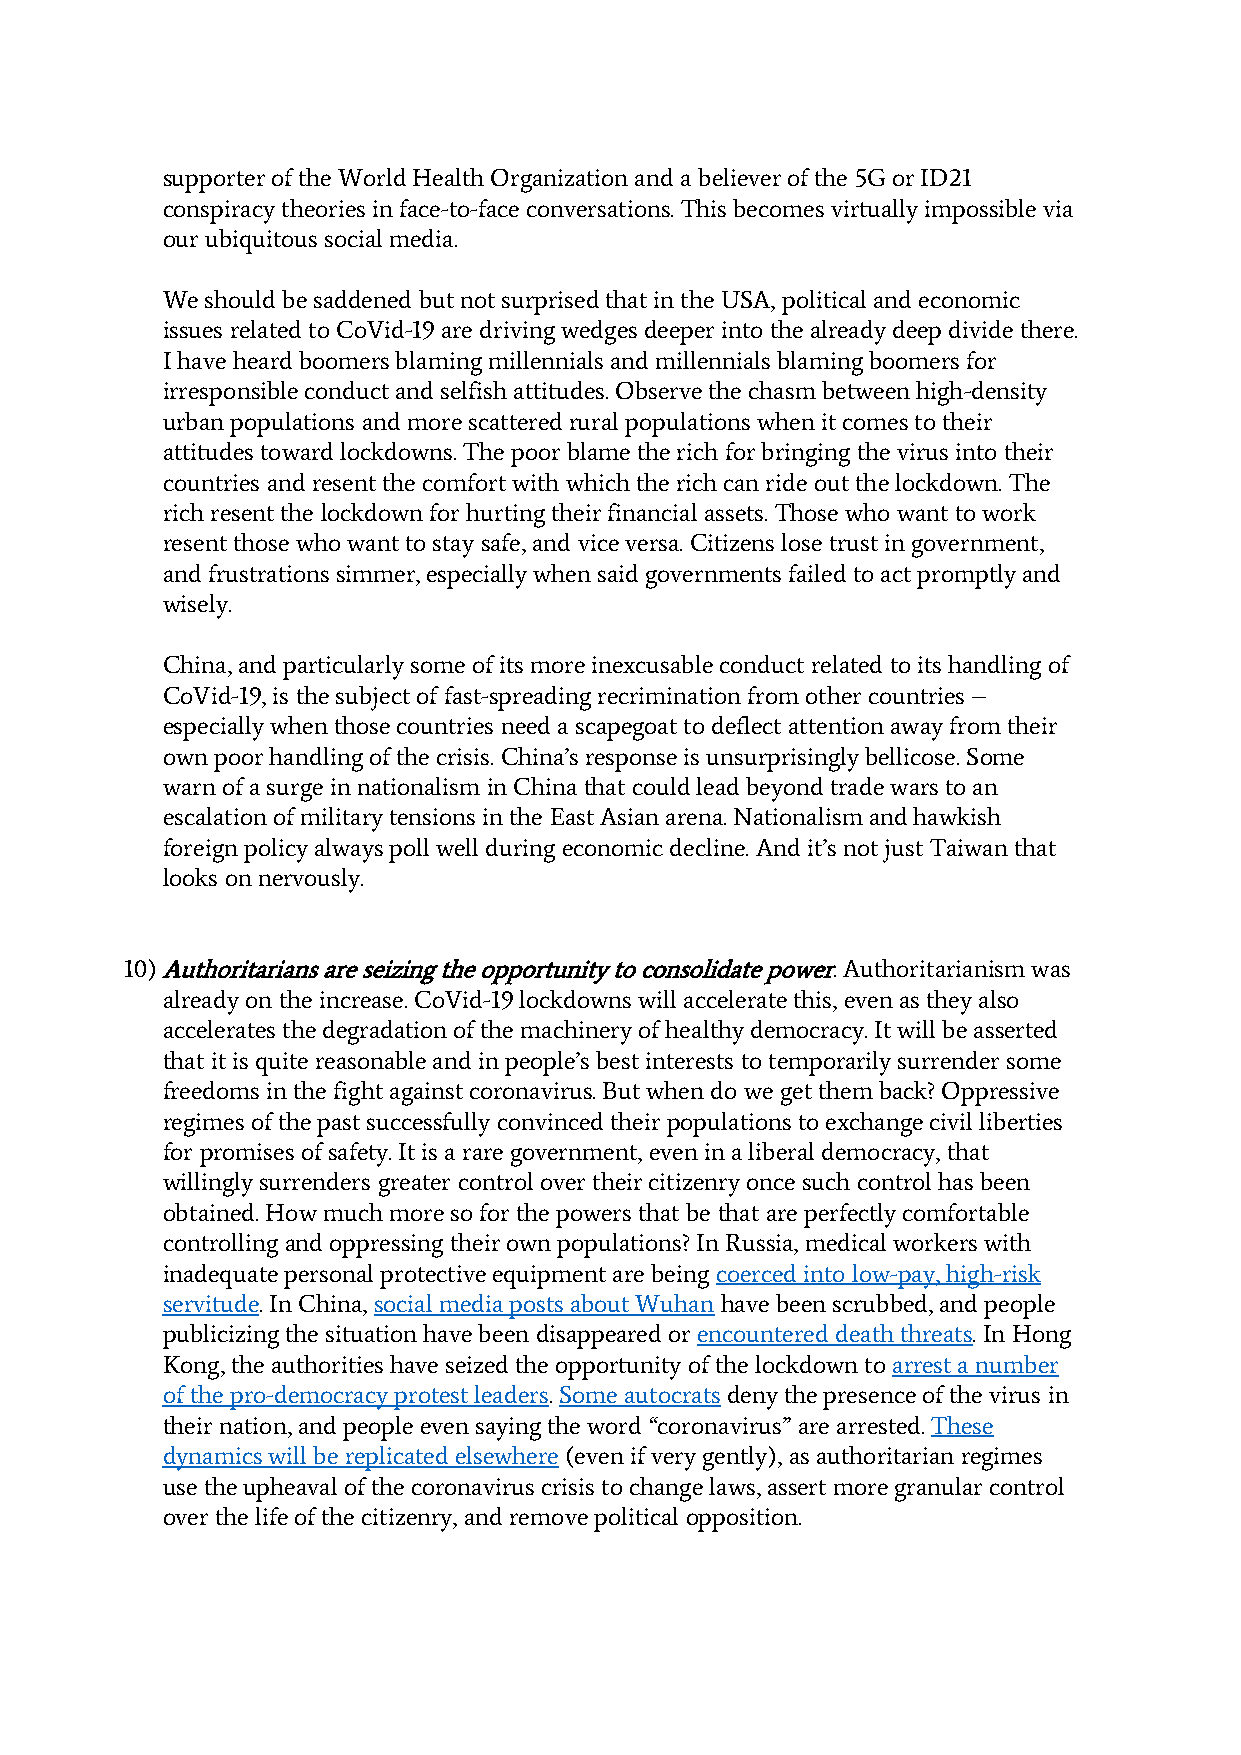
supporter of the World Health Organization and a believer of the 5G or ID21
 conspiracy theories in face-to-face conversations. This becomes virtually impossible via
 our ubiquitous social media.
 We should be saddened but not surprised that in the USA, political and economic
 issues related to CoVid-19 are driving wedges deeper into the already deep divide there.
 I have heard boomers blaming millennials and millennials blaming boomers for
 irresponsible conduct and selfish attitudes. Observe the chasm between high-density
 urban populations and more scattered rural populations when it comes to their
 attitudes toward lockdowns. The poor blame the rich for bringing the virus into their
 countries and resent the comfort with which the rich can ride out the lockdown. The
 rich resent the lockdown for hurting their financial assets. Those who want to work
 resent those who want to stay safe, and vice versa. Citizens lose trust in government,
 and frustrations simmer, especially when said governments failed to act promptly and
 wisely.
 China, and particularly some of its more inexcusable conduct related to its handling of
 CoVid-19, is the subject of fast-spreading recrimination from other countries –
 especially when those countries need a scapegoat to deflect attention away from their
 own poor handling of the crisis. China’s response is unsurprisingly bellicose. Some
 warn of a surge in nationalism in China that could lead beyond trade wars to an
 escalation of military tensions in the East Asian arena. Nationalism and hawkish
 foreign policy always poll well during economic decline. And it’s not just Taiwan that
 looks on nervously.
 10) Authoritarians are seizing the opportunity to consolidate power. Authoritarianism was
 already on the increase. CoVid-19 lockdowns will accelerate this, even as they also
 accelerates the degradation of the machinery of healthy democracy. It will be asserted
 that it is quite reasonable and in people’s best interests to temporarily surrender some
 freedoms in the fight against coronavirus. But when do we get them back? Oppressive
 regimes of the past successfully convinced their populations to exchange civil liberties
 for promises of safety. It is a rare government, even in a liberal democracy, that
 willingly surrenders greater control over their citizenry once such control has been
 obtained. How much more so for the powers that be that are perfectly comfortable
 controlling and oppressing their own populations? In Russia, medical workers with
 inadequate personal protective equipment are being coerced into low-pay, high-risk
 servitude. In China, social media posts about Wuhan have been scrubbed, and people
 publicizing the situation have been disappeared or encountered death threats. In Hong
 Kong, the authorities have seized the opportunity of the lockdown to arrest a number
 of the pro-democracy protest leaders. Some autocrats deny the presence of the virus in
 their nation, and people even saying the word “coronavirus” are arrested. These
 dynamics will be replicated elsewhere (even if very gently), as authoritarian regimes
 use the upheaval of the coronavirus crisis to change laws, assert more granular control
 over the life of the citizenry, and remove political opposition.